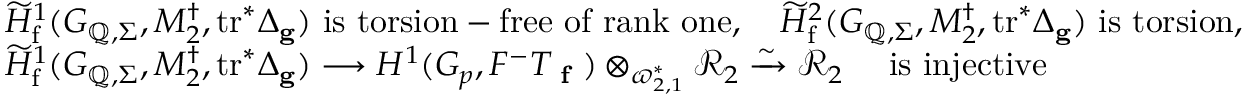
\begin{array} { r } { \begin{array} { r l } & { \widetilde { H } _ { \mathrm { f } } ^ { 1 } ( G _ { \mathbb { Q } , \Sigma } , M _ { 2 } ^ { \dagger } , \mathrm { t r } ^ { * } \Delta _ { \mathbf { g } } ) \mathrm { ~ i s ~ t o r s i o n - f r e e ~ o f ~ r a n k ~ o n e } , \quad \widetilde { H } _ { \mathrm { f } } ^ { 2 } ( G _ { \mathbb { Q } , \Sigma } , M _ { 2 } ^ { \dagger } , \mathrm { t r } ^ { * } \Delta _ { \mathbf { g } } ) \mathrm { ~ i s ~ t o r s i o n } , } \\ & { \widetilde { H } _ { \mathrm { f } } ^ { 1 } ( G _ { \mathbb { Q } , \Sigma } , M _ { 2 } ^ { \dagger } , \mathrm { t r } ^ { * } \Delta _ { \mathbf { g } } ) \longrightarrow H ^ { 1 } ( G _ { p } , F ^ { - } T _ { \textup { \bf f } } ) \otimes _ { \varpi _ { 2 , 1 } ^ { * } } \mathcal { R } _ { 2 } \xrightarrow { \sim } \mathcal { R } _ { 2 } \quad \mathrm { ~ i s ~ i n j e c t i v e } } \end{array} } \end{array}